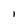
Character: 1